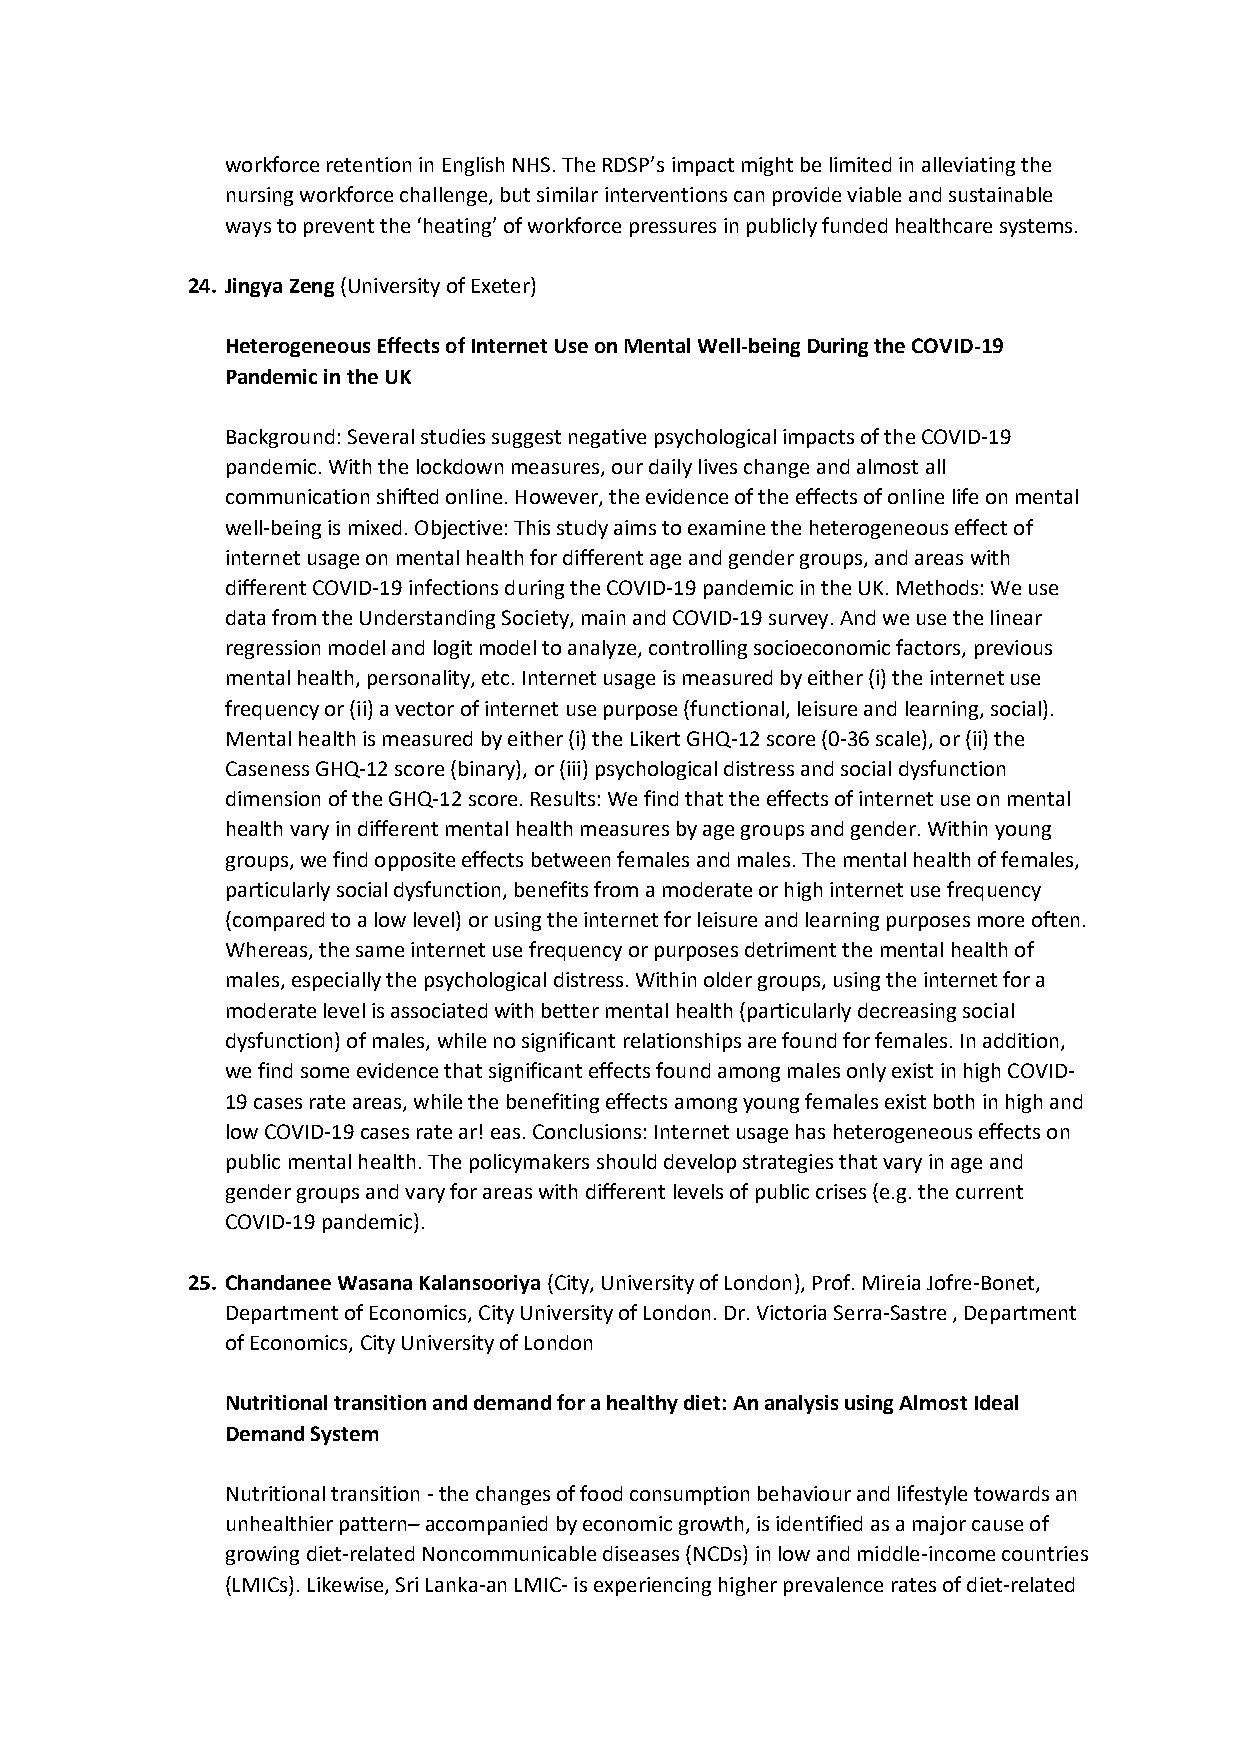
workforce retention in English NHS. The RDSP’s impact might be limited in alleviating the
 nursing workforce challenge, but similar interventions can provide viable and sustainable
 ways to prevent the ‘heating’ of workforce pressures in publicly funded healthcare systems.
 24. Jingya Zeng (University of Exeter)
 Heterogeneous Effects of Internet Use on Mental Well-being During the COVID-19
 Pandemic in the UK
 Background: Several studies suggest negative psychological impacts of the COVID-19
 pandemic. With the lockdown measures, our daily lives change and almost all
 communication shifted online. However, the evidence of the effects of online life on mental
 well-being is mixed. Objective: This study aims to examine the heterogeneous effect of
 internet usage on mental health for different age and gender groups, and areas with
 different COVID-19 infections during the COVID-19 pandemic in the UK. Methods: We use
 data from the Understanding Society, main and COVID-19 survey. And we use the linear
 regression model and logit model to analyze, controlling socioeconomic factors, previous
 mental health, personality, etc. Internet usage is measured by either (i) the internet use
 frequency or (ii) a vector of internet use purpose (functional, leisure and learning, social).
 Mental health is measured by either (i) the Likert GHQ-12 score (0-36 scale), or (ii) the
 Caseness GHQ-12 score (binary), or (iii) psychological distress and social dysfunction
 dimension of the GHQ-12 score. Results: We find that the effects of internet use on mental
 health vary in different mental health measures by age groups and gender. Within young
 groups, we find opposite effects between females and males. The mental health of females,
 particularly social dysfunction, benefits from a moderate or high internet use frequency
 (compared to a low level) or using the internet for leisure and learning purposes more often.
 Whereas, the same internet use frequency or purposes detriment the mental health of
 males, especially the psychological distress. Within older groups, using the internet for a
 moderate level is associated with better mental health (particularly decreasing social
 dysfunction) of males, while no significant relationships are found for females. In addition,
 we find some evidence that significant effects found among males only exist in high COVID-
 19 cases rate areas, while the benefiting effects among young females exist both in high and
 low COVID-19 cases rate ar! eas. Conclusions: Internet usage has heterogeneous effects on
 public mental health. The policymakers should develop strategies that vary in age and
 gender groups and vary for areas with different levels of public crises (e.g. the current
 COVID-19 pandemic).
 25. Chandanee Wasana Kalansooriya (City, University of London), Prof. Mireia Jofre-Bonet,
 Department of Economics, City University of London. Dr. Victoria Serra-Sastre , Department
 of Economics, City University of London
 Nutritional transition and demand for a healthy diet: An analysis using Almost Ideal
 Demand System
 Nutritional transition - the changes of food consumption behaviour and lifestyle towards an
 unhealthier pattern– accompanied by economic growth, is identified as a major cause of
 growing diet-related Noncommunicable diseases (NCDs) in low and middle-income countries
 (LMICs). Likewise, Sri Lanka-an LMIC- is experiencing higher prevalence rates of diet-related